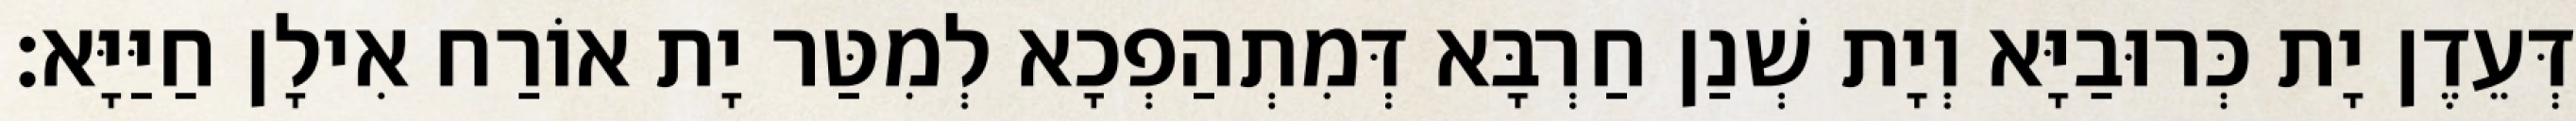
דְּעֵדֶן יָת כְּרוּבַיָּא וְיָת שְׁנַן חַרְבָּא דְּמִתְהַפְכָא לְמִטַּר יָת אוֹרַח אִילָן חַיַּיָּא׃